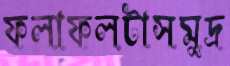
ফলাফলটাসমুদ্র